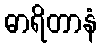
ဓာရိတာနံ